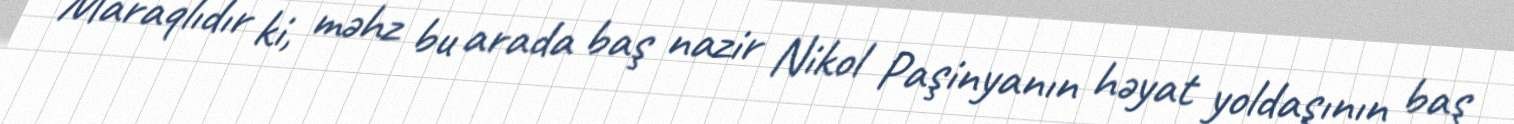
Maraqlıdır ki, məhz bu arada baş nazir Nikol Paşinyanın həyat yoldaşının baş